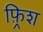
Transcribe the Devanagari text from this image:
फ़्रिश